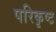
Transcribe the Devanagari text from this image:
परिकृष्ट